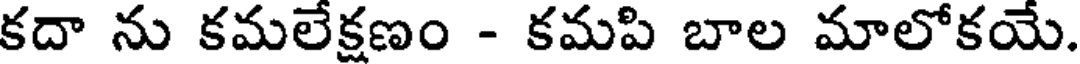
కదా ను కమలేక్షణం - కమపి బాల మాలోకయే.